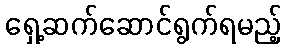
ရှေ့ဆက်ဆောင်ရွက်ရမည့်